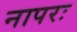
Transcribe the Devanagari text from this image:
नापरः